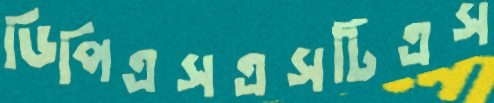
ডিপিএসএসটিএস